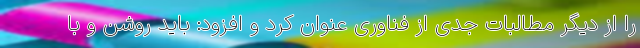
را از دیگر مطالبات جدی از فناوری عنوان کرد و افزود: باید روشن و با